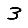
Digit: 3